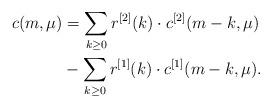
LaTeX: \begin{align*}c(m,\mu) & = \sum_{k \ge 0} r^{[2]} (k) \cdot c^{[2]} (m - k ,\mu ) \\& - \sum_{k \ge 0} r^{[1]} (k) \cdot c^{[1]} (m - k ,\mu ) .\end{align*}